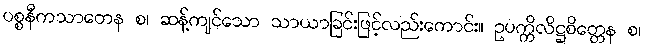
ပစ္စနီကသာတေန စ၊ ဆန့်ကျင်သော သာယာခြင်းဖြင့်လည်းကောင်း။ ဥပက္ကိလိဋ္ဌစိတ္တေန စ၊